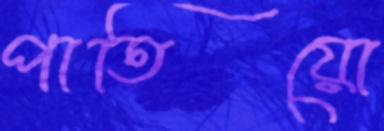
পাতিয়ো